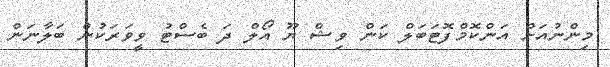
މިންނުއަށް އަންކޮމްފޮޓަބަލް ކަން ވިޝް ޔޫ އޯލް ދަ ބެސްޓު ވީވަރަކުން ބަލާނަން